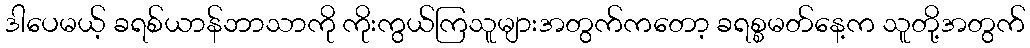
ဒါပေမယ့် ခရစ်ယာန်ဘာသာကို ကိုးကွယ်ကြသူများအတွက်ကတော့ ခရစ္စမတ်နေ့က သူတို့အတွက်